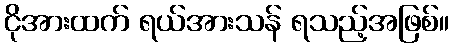
ငိုအားထက် ရယ်အားသန် ရသည့်အဖြစ်။